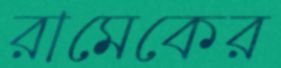
রামেকের